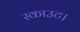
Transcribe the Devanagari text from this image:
स्काउट।